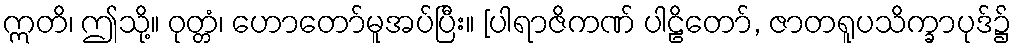
ဣတိ၊ ဤသို့။ ဝုတ္တံ၊ ဟောတော်မူအပ်ပြီး။ [ပါရာဇိကဏ် ပါဠိတော်, ဇာတရူပသိက္ခာပုဒ်၌